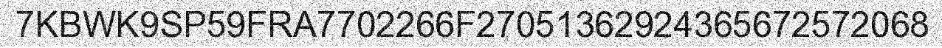
7KBWK9SP59FRA7702266F27051362924365672572068